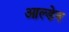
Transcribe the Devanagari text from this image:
आल्डेन